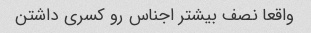
واقعا نصف بیشتر اجناس رو کسری داشتن